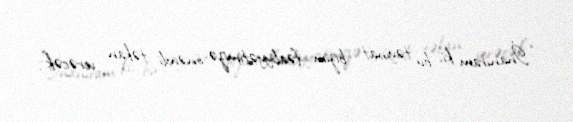
“İnanıram ki, bu təyinat bizim fəaliyyətimizə önəmli təkan verəcək”.